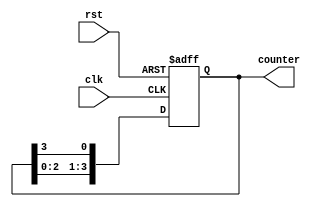
module Ring_Counter (
    input clk,
    input rst,
    output reg [3:0] counter
);

always @ (posedge clk or posedge rst)
begin
    if (rst)
        counter <= 4'b0001;
    else
        counter <= {counter[2:0], counter[3]};
end

endmodule